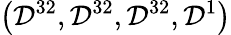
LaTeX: \left(\mathcal{D}^{32},\mathcal{D}^{32},\mathcal{D}^{32},\mathcal{D}^{1}\right)